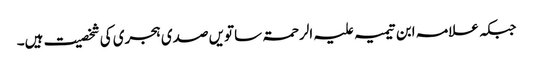
جبکہ علامہ ابن تیمیہ علیہ الرحمۃ ساتویں صدی ہجری کی شخصیت ہیں۔